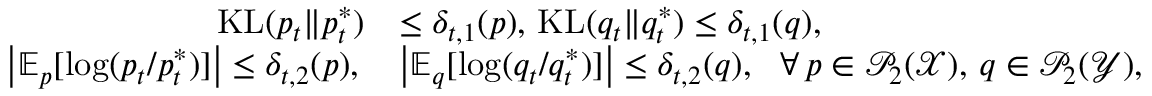
\begin{array} { r l } { \mathrm { K L } ( p _ { t } \| p _ { t } ^ { * } ) } & { \leq \delta _ { t , 1 } ( p ) , \, \mathrm { K L } ( q _ { t } \| q _ { t } ^ { * } ) \leq \delta _ { t , 1 } ( q ) , } \\ { \left| \mathbb { E } _ { p } [ \log ( p _ { t } / p _ { t } ^ { * } ) ] \right| \leq \delta _ { t , 2 } ( p ) , \, } & { \left| \mathbb { E } _ { q } [ \log ( q _ { t } / q _ { t } ^ { * } ) ] \right| \leq \delta _ { t , 2 } ( q ) , \, \, \, \, \forall \, p \in \mathcal { P } _ { 2 } ( \mathcal { X } ) , \, q \in \mathcal { P } _ { 2 } ( \mathcal { Y } ) , } \end{array}